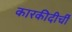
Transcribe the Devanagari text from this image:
कारकीदीर्ची